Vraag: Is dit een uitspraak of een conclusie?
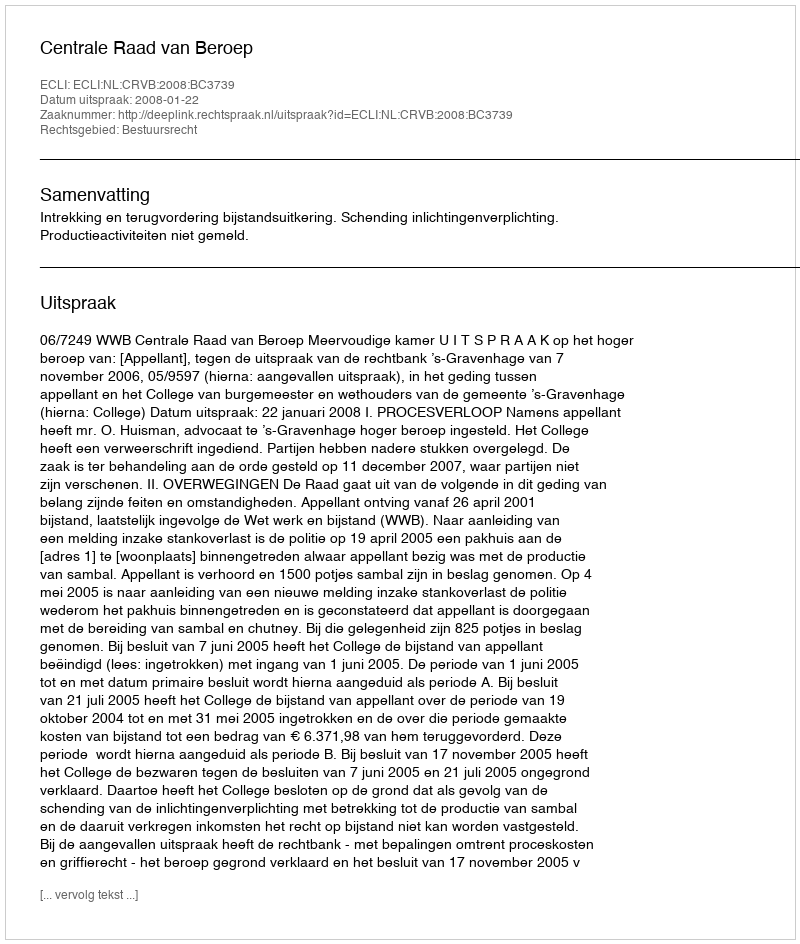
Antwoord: Uitspraak